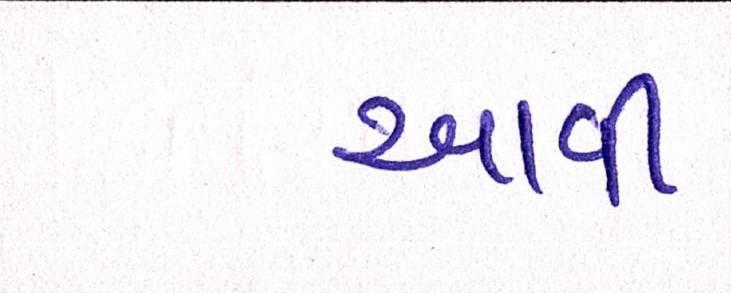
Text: આવી